Manual of vaccination for the United Provinces of Agra and Oudh -
Year: 1903
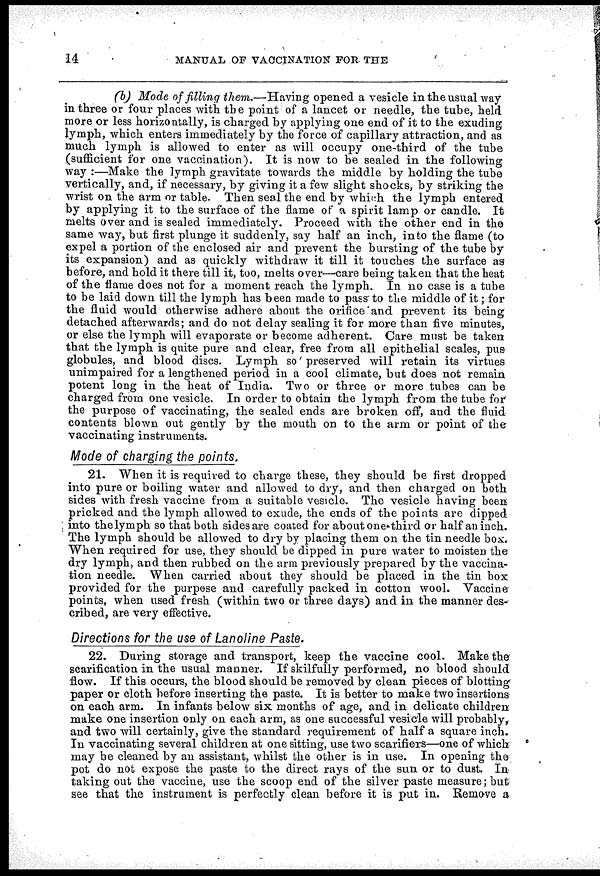
14
MANUAL OF VACCINATION FOR THE
(b) Mode of filling them.—Having opened a vesicle in the usual way
in three or four places with the point of a lancet or needle, the tube, held
more or less horizontally, is charged by applying one end of it to the exuding
lymph, which enters immediately by the force of capillary attraction, and as
much lymph is allowed to enter as will occupy one-third of the tube
(sufficient for one vaccination). It is now to be sealed in the following
way :—Make the lymph gravitate towards the middle by holding the tube
vertically, and, if necessary, by giving it a few slight shocks, by striking the
wrist on the arm or table. Then seal the end by which the lymph entered
by applying it to the surface of the flame of a spirit lamp or candle. It
melts over and is sealed immediately. Proceed with the other end in the
same way, but first plunge it suddenly, say half an inch, into the flame (to
expel a portion of the enclosed air and prevent the bursting of the tube by
its expansion) and as quickly withdraw it till it touches the surface as
before, and hold it there till it, too, melts over—care being taken that the heat
of the flame does not for a moment reach the lymph. In no case is a tube
to be laid down till the lymph has been made to pass to the middle of it; for
the fluid would otherwise adhere about the orifice and prevent its being
detached afterwards; and do not delay sealing it for more than five minutes,
or else the lymph will evaporate or become adherent. Care must be taken
that the lymph is quite pure and clear, free from all epithelial scales, pus
globules, and blood discs. Lymph so preserved will retain its virtues
unimpaired for a lengthened period in a cool climate, but does not remain
potent long in the heat of India. Two or three or more tubes can be
charged from one vesicle. In order to obtain the lymph from the tube for
the purpose of vaccinating, the sealed ends are broken off, and the fluid
contents blown out gently by the mouth on to the arm or point of the
vaccinating instruments.
Mode of charging the points.
21. When it is required to charge these, they should be first dropped
into pure or boiling water and allowed to dry, and then charged on both
sides with fresh vaccine from a suitable vesicle. The vesicle having been
pricked and the lymph allowed to exude, the ends of the points are dipped
into the lymph so that both sides are coated for about one third or half an inch.
The lymph should be allowed to dry by placing them on the tin needle box.
When required for use, they should be dipped in pure water to moisten the
dry lymph, and then rubbed on the arm previously prepared by the vaccina-
tion needle. When carried about they should be placed in the tin box
provided for the purpose and carefully packed in cotton wool. Vaccine
points, when used fresh (within two or three days) and in the manner des-
cribed, are very effective.
Directions for the use of Lanoline Paste.
22. During storage and transport, keep the vaccine cool. Make the
scarification in the usual manner. If skilfully performed, no blood should
flow. If this occurs, the blood should be removed by clean pieces of blotting
paper or cloth before inserting the paste. It is better to make two insertions
on each arm. In infants below six months of age, and in delicate children
make one insertion only on each arm, as one successful vesicle will probably,
and two will certainly, give the standard requirement of half a square inch.
In vaccinating several children at one sitting, use two scarifiers—one of which
may be cleaned by an assistant, whilst the other is in use. In opening the
pot do not expose the paste to the direct rays of the sun or to dust. In
taking out the vaccine, use the scoop end of the silver paste measure; but
see that the instrument is perfectly clean before it is put in. Remove a